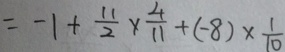
= - 1 + \frac { 1 1 } { 2 } \times \frac { 4 } { 1 1 } + ( - 8 ) \times \frac { 1 } { 1 0 }